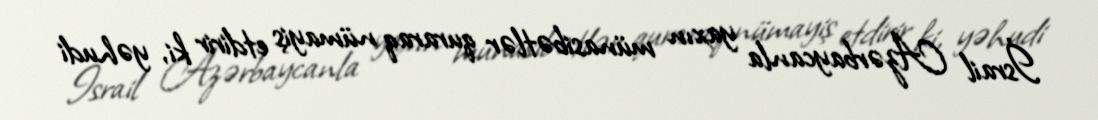
İsrail Azərbaycanla yaxın münasibətlər quraraq nümayiş etdirir ki, yəhudi